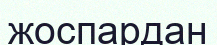
жоспардан